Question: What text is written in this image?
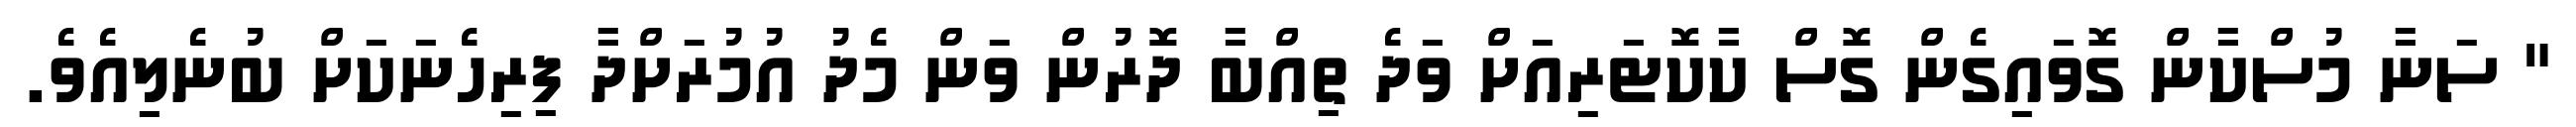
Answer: " ސަނާ މުސްކާން ގޮވައިގެން ގޮސް ކާކޮޓަރިއަށް ވަދެ ތިއްބާ ދޮރުން ވަން މެދު އުމުރަށްދާ ފިރިހެނަކަށް ބުނެލިއެވެ.